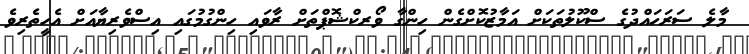
މާލެ ސަރަހައްދުގެ ސްކޫލުތަކަށް އަމާޒުކޮށްގެން ހިންގާ ވޯރކްޝޮޕްތަށް ރާވައި ހިންގުމުގައި އިސްވެރިޔާއަށް އެހީތެރިވެ